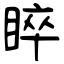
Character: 睟